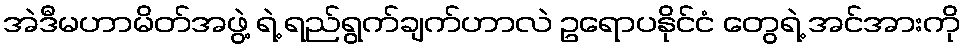
အဲဒီမဟာမိတ်အဖွဲ့ ရဲ့ ရည်ရွက်ချက်ဟာလဲ ဥရောပနိုင်ငံ တွေရဲ့ အင်အားကို